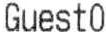
GUEST0